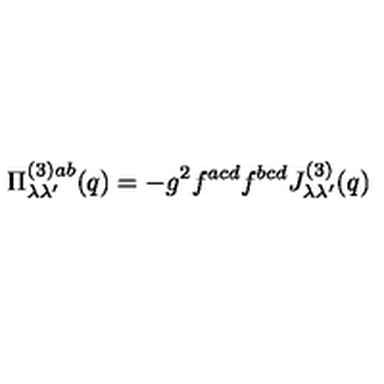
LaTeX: \Pi _ { \lambda \lambda ^ { \prime } } ^ { ( 3 ) a b } ( q ) = - g ^ { 2 } f ^ { a c d } f ^ { b c d } J _ { \lambda \lambda ^ { \prime } } ^ { ( 3 ) } ( q )